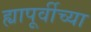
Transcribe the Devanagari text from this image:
ह्यापूर्वीच्या